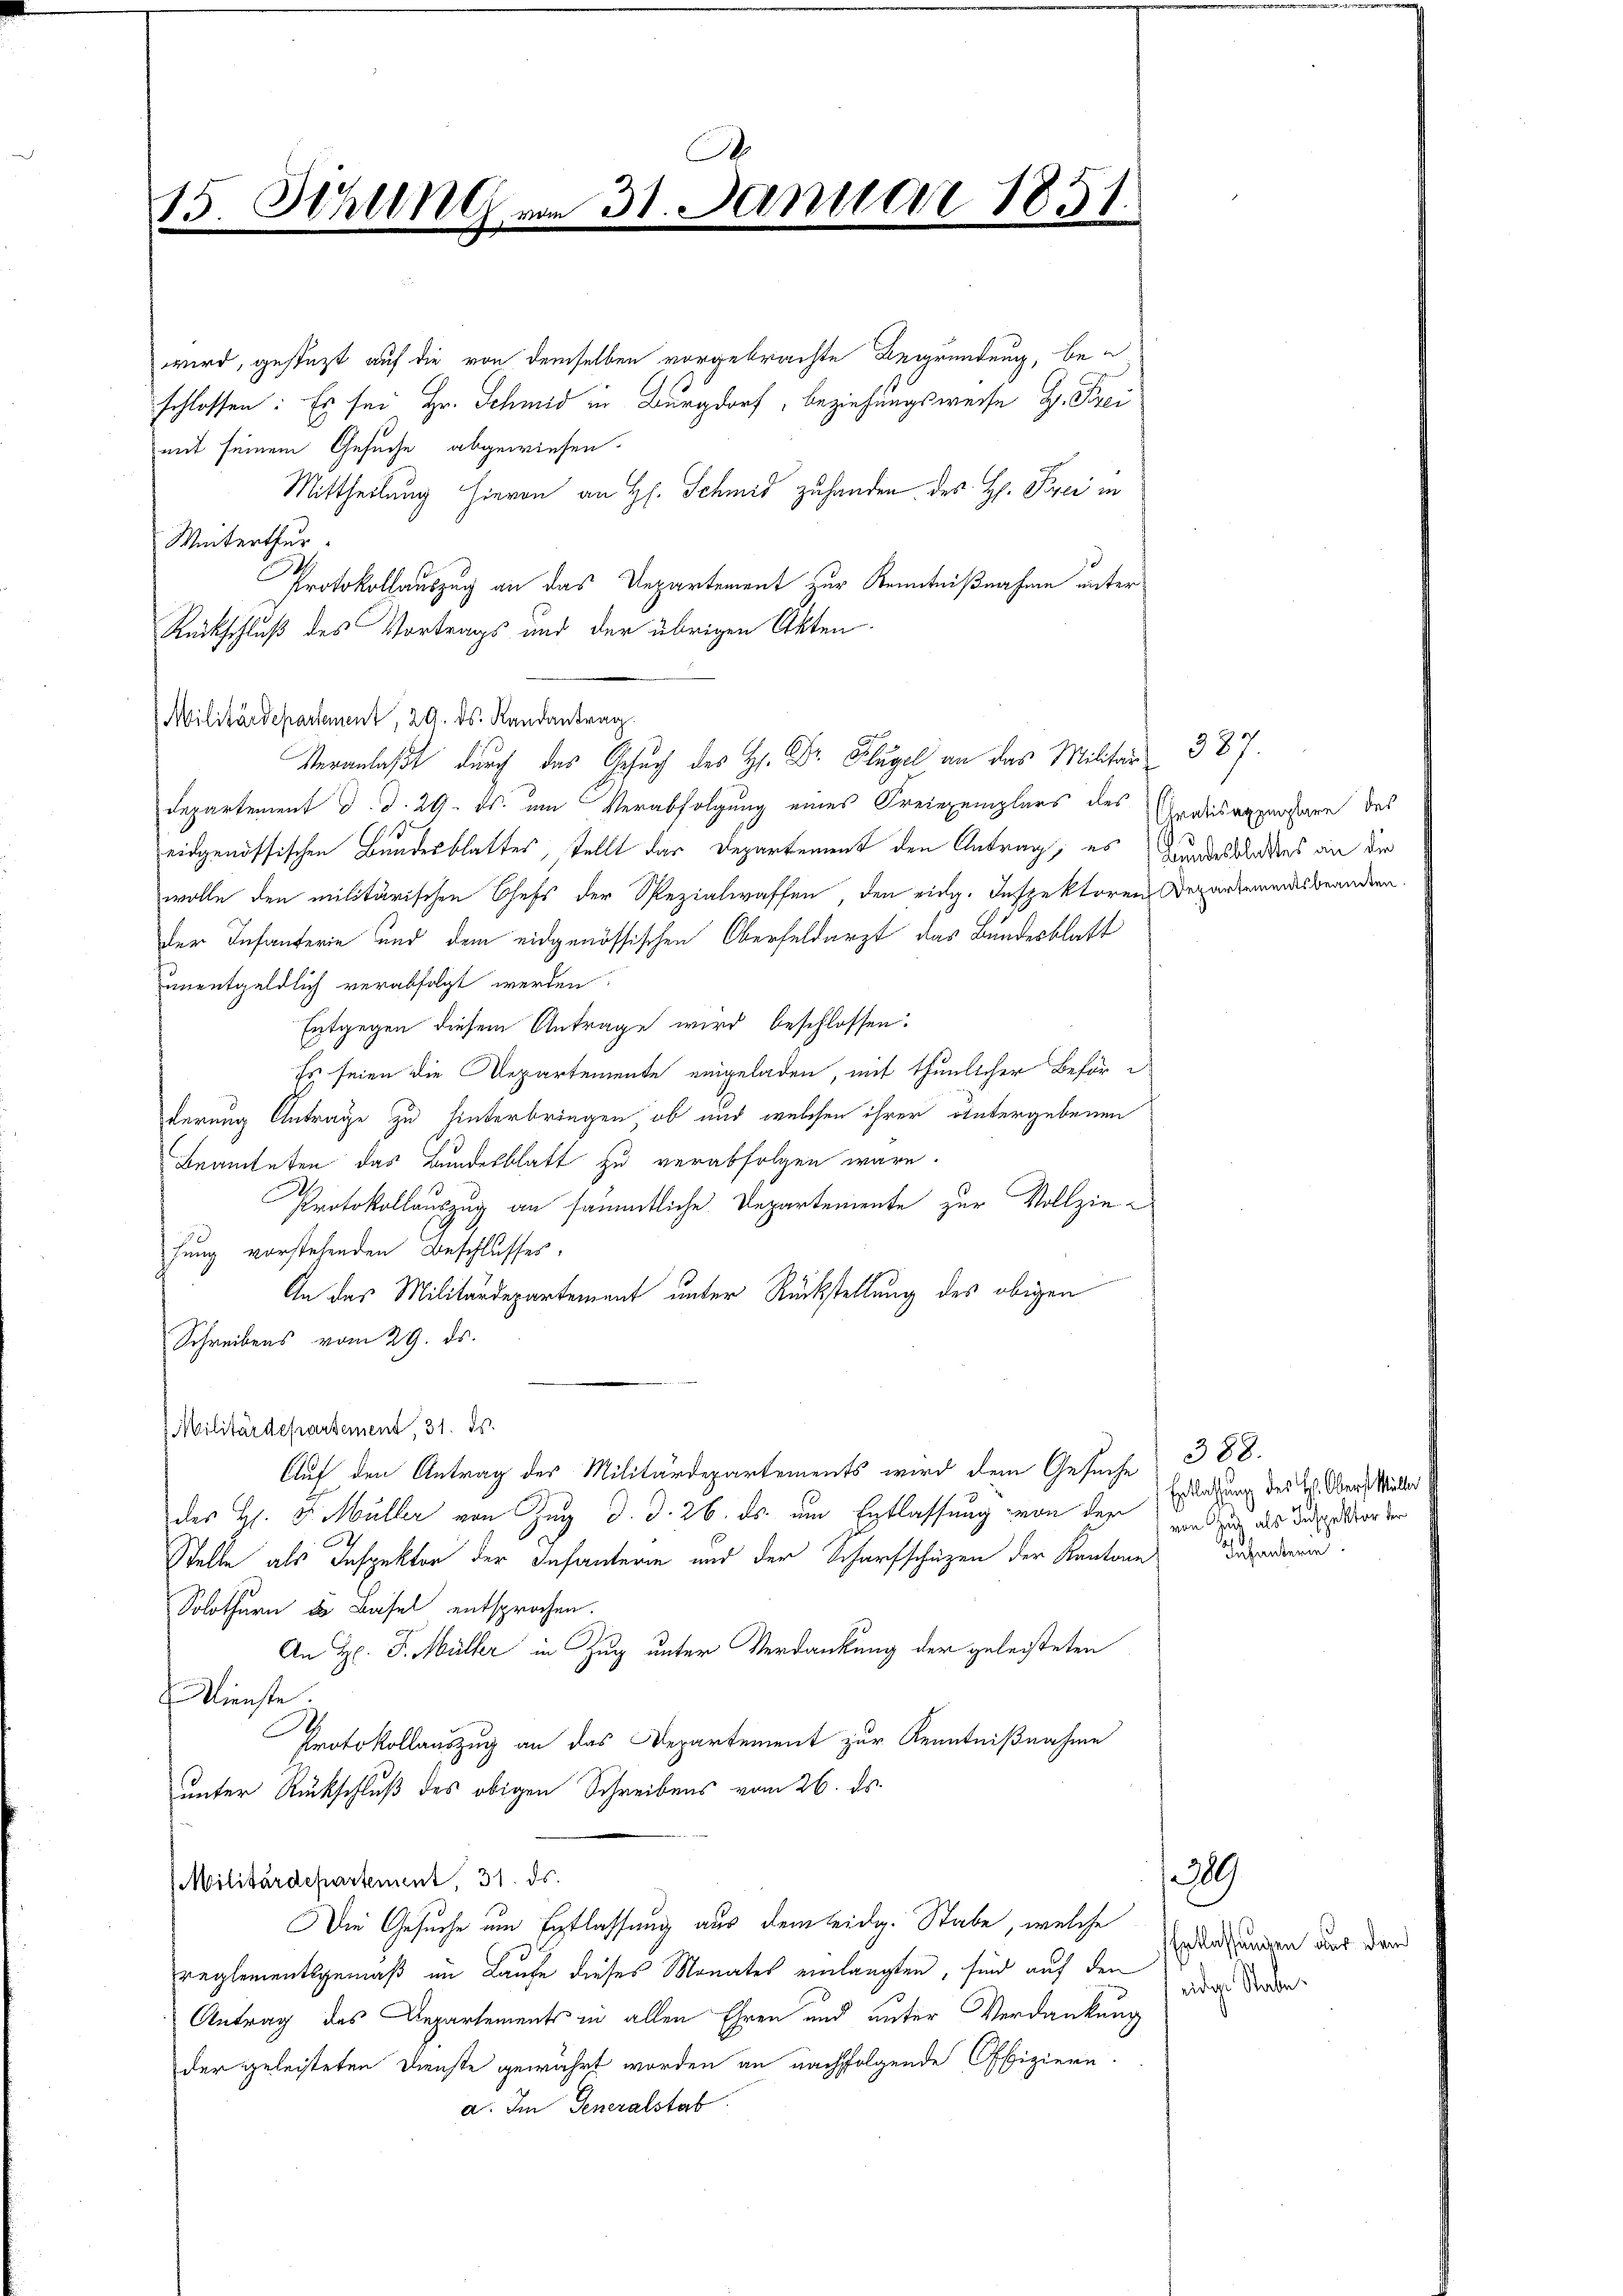
A
15 Schlen am 31. Januar 1851.
x

Militärdepartement, 29. ds. Randantrag

Veranlaßt durch das Gesuch des H. Dr. Flügel an das Militar 387.

wird, gestützt auf die von demselben vorgebrachte Begründung, beschlossen: Es sei Hr. Schmid in Burgdorf, beziehungsweise H. Frei
mit seinem Gesuche abgewiesen.
Mittheilung hievon an H. Schmid zuhanden des H. Piper in
Winterthur
Protokollauszug an das Departement zur Kenntnißnahme unter
Rückschluß des Vortrags und der übrigen Akten
Departement d. d. 29. ds. um Verabfolgung eines Freiexemplars des Verdisappartare des
eidgenössischen Bundesblattes, tellt das Departement den Antrag, es Bundestandes an der
wolle den militärischen Chefs der Spezialwaffen, den eidg. Inspektoren Departemendesbeandern.
der Infanterie und dem eidgenössischen Oberfeldarzt das Bundesblatt
unentgeldlich verabfolgt werden.
Entgegen diesem Antrage wird beschlossen:
Es seien die Departemente eingeladen, mit thunlicher Beförderung Antrage zu hinterbringen, ob und welchen ihrer untergebenen
Beamteten das Bundesblatt zu verabfolgen wäre.
Protokollauszug an sämmtliche Departemente zur Vollziehung vorstehenden Beschlusses.
An das Militärdepartement unter Rückstellung des obigen
Schreibens vom 29. ds.
Militärdepartement, 31. ds.
Auf den Antrag des Militärdepartements wird dem Gesuche 388.
des H. v. Müller von Zug d. d. 26. ds. um Entlassung von der Erlegung des H. Obern Meile
Stelle als Inspektor der Infanterin und der Scharfschüzen der Kantone
Solothurn das Basel entsprochen.
An Hr. J. Müller in Zug unter Verdankung der geleisteten
Dienste
Protokollauszug an das Departement zur Kenntnißnahme
unter Rückschluß des obigen Schreibens vom 26. ds.
Militärdepartement, 31. ds.
Die Gesuche am Entlassung aus dem leidg. Stabe, welche
reglementsgemäß im Laufe dieses Monates einlangten, sind auf den
Antrag des Departements in allen Ehren und unter Verdankung
der geleisteten Dienste gewährt worden an nachfolgende Offiziere.
a. Im Generalstab

1229

von Zug als Inspektor der
Infanterin

Entlassungen aus den
eidige Stade